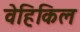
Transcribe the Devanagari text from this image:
वेहिकिल